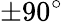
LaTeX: \pm 90^{\circ}